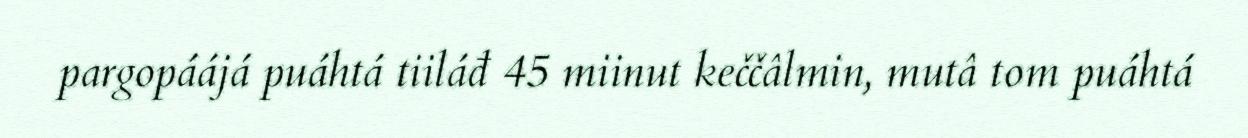
pargopáájá puáhtá tiiláđ 45 miinut keččâlmin, mutâ tom puáhtá